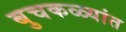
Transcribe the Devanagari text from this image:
बुचकळ्यांत